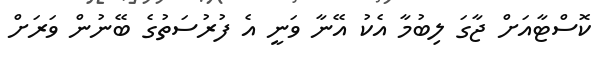
ކޮސްޓާއަށް ޖާގަ ލިބުމާ އެކު އޭނާ ވަނީ އެ ފުރުސަތުގެ ބޭނުން ވަރަށް